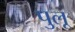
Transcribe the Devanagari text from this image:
पुलू